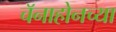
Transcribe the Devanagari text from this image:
चॅनाहोनच्या